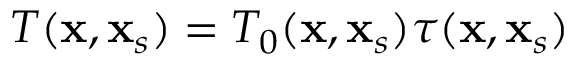
\begin{array} { r } { T ( \mathbf { x } , \mathbf { x } _ { s } ) = T _ { 0 } ( \mathbf { x } , \mathbf { x } _ { s } ) \tau ( \mathbf { x } , \mathbf { x } _ { s } ) } \end{array}